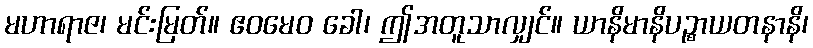
မဟာရာဇ၊ မင်းမြတ်။ ဧဝမေဝ ခေါ၊ ဤအတူသာလျှင်။ ယာနိမာနိပဉ္စာယတနာနိ၊